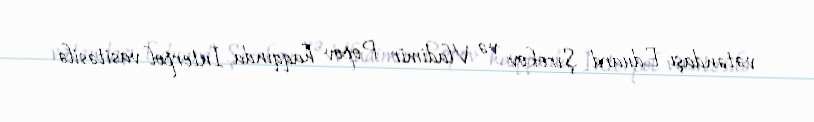
vətəndaşı Eduard Şırokov və Vladimir Popov haqqında İnterpol vasitəsilə